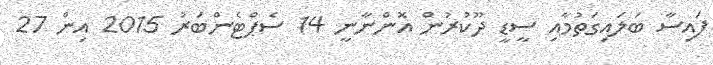
ފައިސާ ބަލައިގަތުމާއި ސީޑީ ދޫކުރުން އޮންނާނީ 14 ސެޕްޓެންބަރު 2015 އިން 27